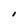
Character: I